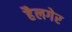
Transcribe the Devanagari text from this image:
हैलगेर